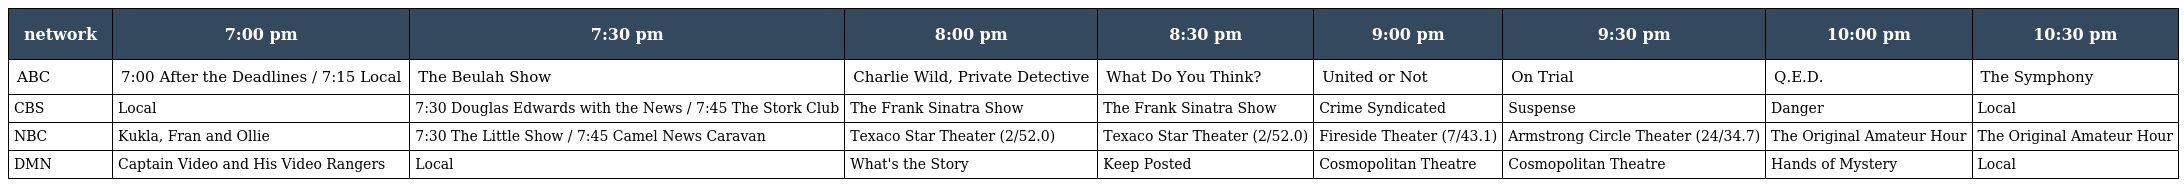
| network | 7:00 pm | 7:30 pm | 8:00 pm | 8:30 pm | 9:00 pm | 9:30 pm | 10:00 pm | 10:30 pm |
 | --- | --- | --- | --- | --- | --- | --- | --- | --- |
 | ABC | 7:00 After the Deadlines / 7:15 Local | The Beulah Show | Charlie Wild, Private Detective | What Do You Think? | United or Not | On Trial | Q.E.D. | The Symphony |
 | CBS | Local | 7:30 Douglas Edwards with the News / 7:45 The Stork Club | The Frank Sinatra Show | The Frank Sinatra Show | Crime Syndicated | Suspense | Danger | Local |
 | NBC | Kukla, Fran and Ollie | 7:30 The Little Show / 7:45 Camel News Caravan | Texaco Star Theater (2/52.0) | Texaco Star Theater (2/52.0) | Fireside Theater (7/43.1) | Armstrong Circle Theater (24/34.7) | The Original Amateur Hour | The Original Amateur Hour |
 | DMN | Captain Video and His Video Rangers | Local | What's the Story | Keep Posted | Cosmopolitan Theatre | Cosmopolitan Theatre | Hands of Mystery | Local |